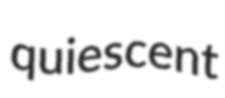
quiescent